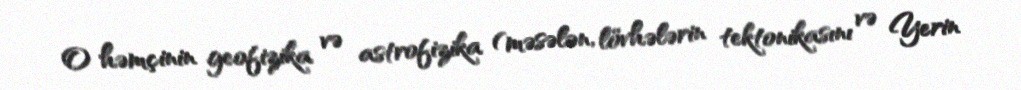
O həmçinin geofizika və astrofizika (məsələn, lövhələrin tektonikasını və Yerin